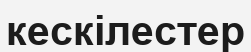
кескілестер